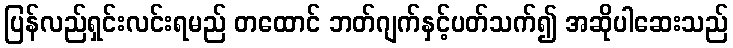
ပြန်လည်ရှင်းလင်းရမည် တထောင် ဘတ်ဂျက်နှင့်ပတ်သက်၍ အဆိုပါဆေးသည်